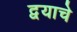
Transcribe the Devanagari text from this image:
द्वयाचे